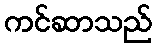
ကင်ဆာသည်